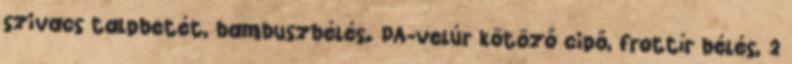
szivacs talpbetét, bambuszbélés. PA-velúr kötöző cipő, frottír bélés, 2